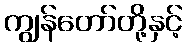
ကျွန်တော်တို့နှင့်